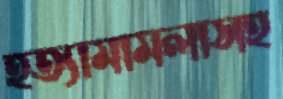
হত্যামামলাসহ